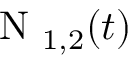
\mathrm { ~ N ~ } _ { 1 , 2 } ( t )